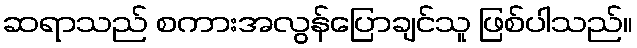
ဆရာသည် စကားအလွန်ပြောချင်သူ ဖြစ်ပါသည်။